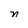
Character: m